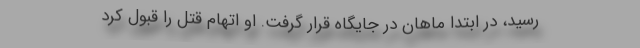
رسید، در ابتدا ماهان در جایگاه قرار گرفت. او اتهام قتل را قبول کرد